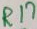
Text: R17